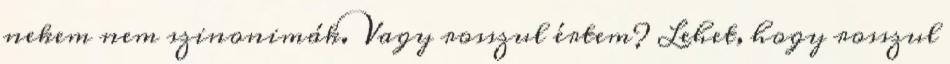
nekem nem szinonimák. Vagy rosszul értem? Lehet, hogy rosszul